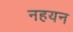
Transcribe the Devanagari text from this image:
नहयन